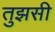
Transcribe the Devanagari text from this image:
तुझसी